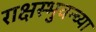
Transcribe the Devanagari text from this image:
राक्षस्भुवन्च्या